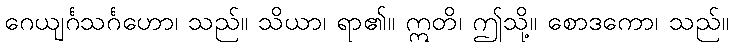
ဂေယျင်္ဂသင်္ဂဟော၊ သည်။ သိယာ၊ ရာ၏။ ဣတိ၊ ဤသို့။ စောဒကော၊ သည်။